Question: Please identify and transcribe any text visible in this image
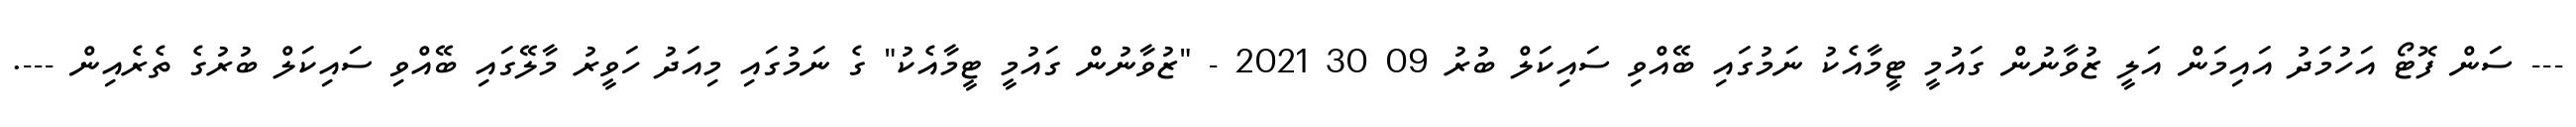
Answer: --- ސަން ފޮޓޯ އަހުމަދު އައިމަން އަލީ ޒުވާނުން ގައުމީ ޓީމާއެކު ނަމުގައި ބޭއްވި ސައިކަލް ބުރު 09 30 2021 - "ޒުވާނުން ގައުމީ ޓީމާއެކު" ގެ ނަމުގައި މިއަދު ހަވީރު މާލޭގައި ބޭއްވި ސައިކަލް ބުރުގެ ތެރެއިން ---.